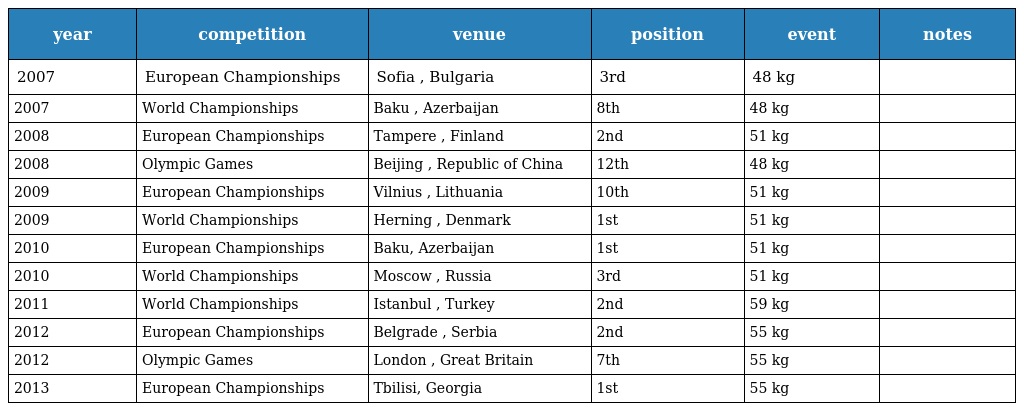
| year | competition | venue | position | event | notes |
 | --- | --- | --- | --- | --- | --- |
 | 2007 | European Championships | Sofia , Bulgaria | 3rd | 48 kg |  |
 | 2007 | World Championships | Baku , Azerbaijan | 8th | 48 kg |  |
 | 2008 | European Championships | Tampere , Finland | 2nd | 51 kg |  |
 | 2008 | Olympic Games | Beijing , Republic of China | 12th | 48 kg |  |
 | 2009 | European Championships | Vilnius , Lithuania | 10th | 51 kg |  |
 | 2009 | World Championships | Herning , Denmark | 1st | 51 kg |  |
 | 2010 | European Championships | Baku, Azerbaijan | 1st | 51 kg |  |
 | 2010 | World Championships | Moscow , Russia | 3rd | 51 kg |  |
 | 2011 | World Championships | Istanbul , Turkey | 2nd | 59 kg |  |
 | 2012 | European Championships | Belgrade , Serbia | 2nd | 55 kg |  |
 | 2012 | Olympic Games | London , Great Britain | 7th | 55 kg |  |
 | 2013 | European Championships | Tbilisi, Georgia | 1st | 55 kg |  |